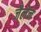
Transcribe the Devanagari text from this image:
जैलेन